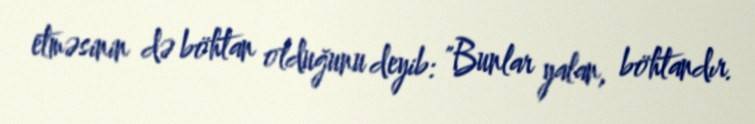
etməsinin də böhtan olduğunu deyib: "Bunlar yalan, böhtandır.